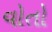
વોતો